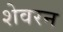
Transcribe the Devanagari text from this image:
शेवरन